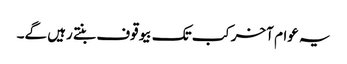
یہ عوام آخرکب تک بیوقوف بنتے رہیں گے۔